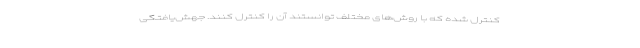
کنترل شده که با روش‌های مختلف توانستند آن را کنترل کنند. جهش‌یافتگی